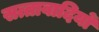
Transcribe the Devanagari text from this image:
सत्तावादियों